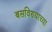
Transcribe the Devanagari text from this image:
बसविण्याच्या